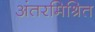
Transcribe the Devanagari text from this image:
अंतरमिश्रित